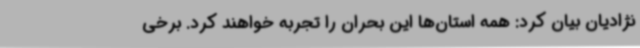
‌نژادیان بیان کرد: همه استان‌ها این بحران را تجربه خواهند کرد. برخی